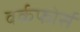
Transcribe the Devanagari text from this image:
वर्कफोर्स